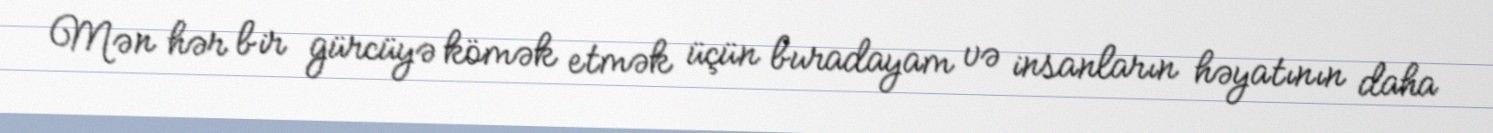
Mən hər bir gürcüyə kömək etmək üçün buradayam və insanların həyatının daha